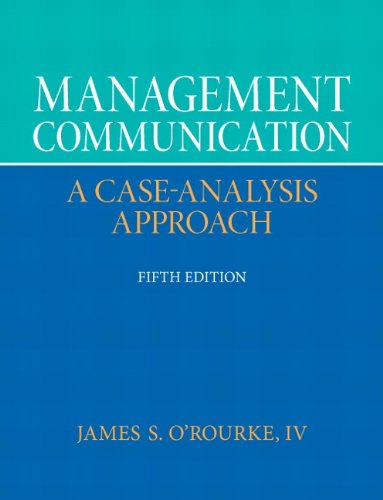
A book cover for Management Communication (5th Edition); James S. O'Rourke; Business & Money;